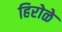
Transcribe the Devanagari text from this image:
हिरोळे